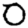
Digit: 0